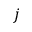
j